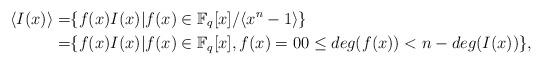
LaTeX: \begin{align*} \langle I(x)\rangle = & \{f(x)I(x)|f(x)\in {\mathbb{F}_{q}[x]}/{\langle x^n-1\rangle}\} \\ = & \{f(x)I(x)|f(x)\in \mathbb{F}_{q}[x], f(x)=0 0\leq deg(f(x))< n-deg(I(x))\},\end{align*}